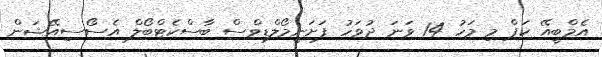
އެމްބީއޭ ކަޕް މި މަހު 14 ވަނަ ދުވަހު ފަށަނީމޯލްޑިވްސް ބާސްކެޓްބޯލް އެސޯސިއޭޝަން